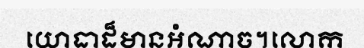
យោធាដ៏មានអំណាច។លោក